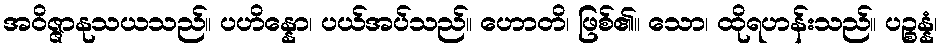
အဝိဇ္ဇာနုသယသည်။ ပဟိန္နော၊ ပယ်အပ်သည်။ ဟောတိ၊ ဖြစ်၏။ သော၊ ထိုရဟန်းသည်။ ပဉ္စန္နံ၊